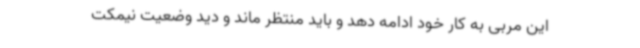
این مربی به کار خود ادامه دهد و باید منتظر ماند و دید وضعیت نیمکت